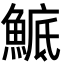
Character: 鯳